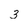
Character: 3